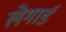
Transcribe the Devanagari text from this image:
लेगार्ड